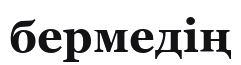
бермедің